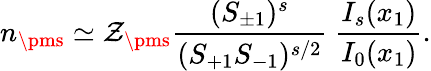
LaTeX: n_{\pms}\simeq\mathcal{Z}_{\pms}{\frac{{(S_{\pm1})^{s}}}{{{(S_{+1}}S_{-1})^{s/2}}}}~{\frac{{I_{s}(x_{1})}}{{I_{0}(x_{1})}}}.